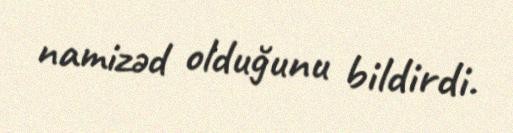
namizəd olduğunu bildirdi.